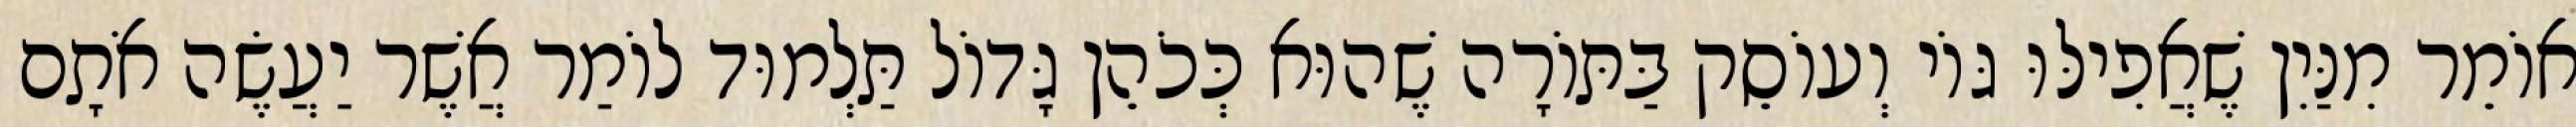
אוֹמֵר מִנַּיִן שֶׁאֲפִילּוּ גּוֹי וְעוֹסֵק בַּתּוֹרָה שֶׁהוּא כְּכֹהֵן גָּדוֹל תַּלְמוּד לוֹמַר אֲשֶׁר יַעֲשֶׂה אֹתָם